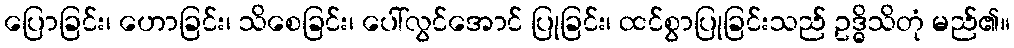
ပြောခြင်း၊ ဟောခြင်း၊ သိစေခြင်း၊ ပေါ်လွင်အောင် ပြုခြင်း၊ ထင်စွာပြုခြင်းသည် ဥဒ္ဓိသိတုံ မည်၏။